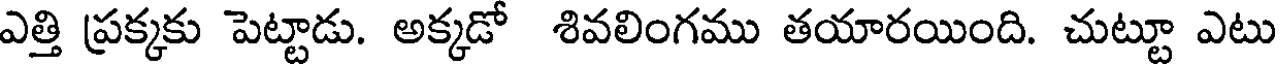
ఎత్తి ప్రక్కకు పెట్టాడు. అక్కడో శివలింగము తయారయింది. చుట్టూ ఎటు